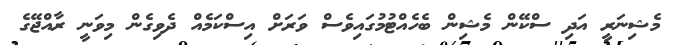
މެޝިނަރީ އަދި ސްކޭން މެޝިން ބެހެއްޓުމުގައިވެސް ވަރަށް އިސްކަމެއް ދެވިގެން މިވަނީ ރާއްޖޭގެ